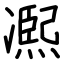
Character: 𠘑